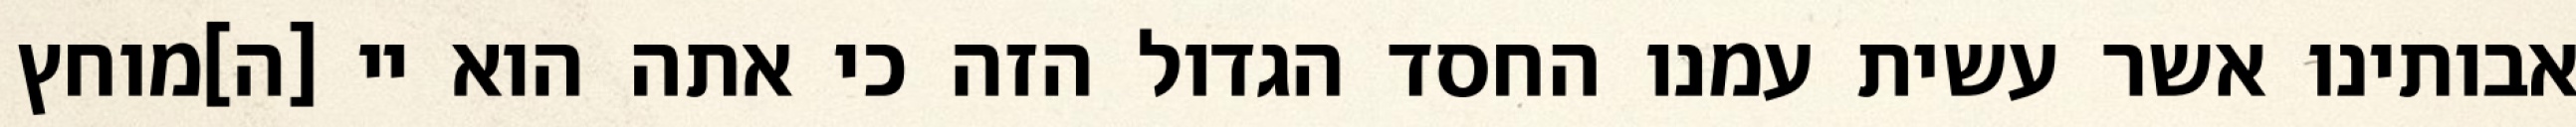
אבותינו אשר עשית עמנו החסד הגדול הזה כי אתה הוא יי [ה]מוחץ